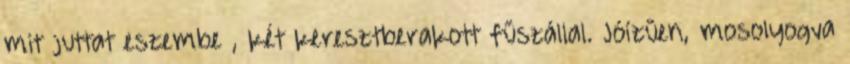
mit juttat eszembe , két keresztberakott fűszállal. Jóízűen, mosolyogva